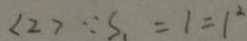
( 2 ) > \because S _ { 1 } = 1 = 1 ^ { 2 }